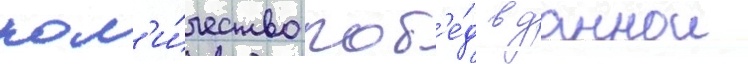
кол'и́чество поб'е́д в даннои